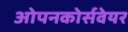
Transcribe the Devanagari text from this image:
ओपनकोर्सवेयर